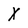
Character: x